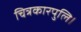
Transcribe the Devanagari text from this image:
चित्रकारपुलि।